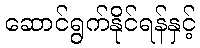
ဆောင်ရွက်နိုင်ရန်နှင့်